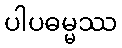
ပါပဓမ္မဿ